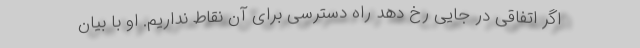
اگر اتفاقی در جایی رخ دهد راه دسترسی برای آن نقاط نداریم. او با بیان